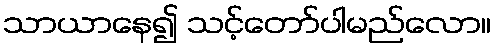
သာယာနေ၍ သင့်တော်ပါမည်လော။